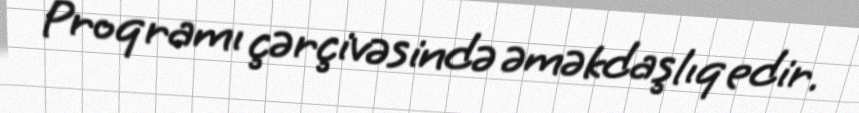
Proqramı çərçivəsində əməkdaşlıq edir.